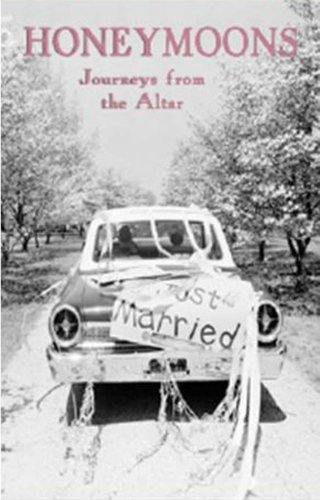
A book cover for Honeymoons: Journeys from the Altar; Roger Hudson; Crafts, Hobbies & Home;